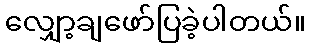
လျှော့ချဖော်ပြခဲ့ပါတယ်။